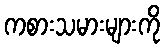
ကစားသမားများကို